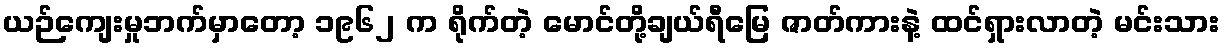
ယဉ်ကျေးမှုဘက်မှာတော့ ၁၉၆၂ က ရိုက်တဲ့ မောင်တို့ချယ်ရီမြေ ဇာတ်ကားနဲ့ ထင်ရှားလာတဲ့ မင်းသား